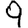
Digit: 9